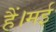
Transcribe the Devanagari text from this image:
हैं।मई